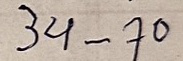
34 - 70